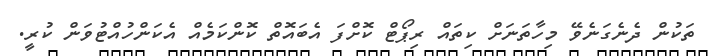
ތަކުން ދެނެގަނެވޭ މިހާތަނަށް ކިތައް ރިޕޯޓް ކޮށްފަ އެބައޮތް ކޮންކަމެއް އެކަންހުއްޓުވަން ކުރީ.